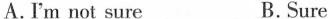
A. I'm not sure B. Sure